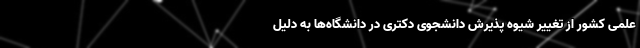
علمی کشور از تغییر شیوه پذیرش دانشجوی دکتری در دانشگاه‌ها به دلیل